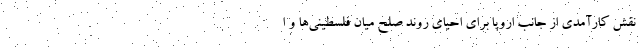
نقش کارآمدی از جانب اروپا برای احیای روند صلح میان فلسطینی‌ها و ا